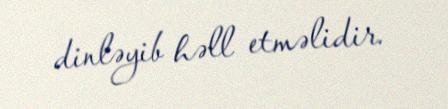
dinləyib həll etməlidir.